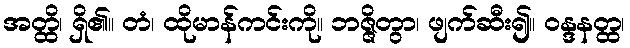
အတ္ထိ၊ ရှိ၏။ တံ၊ ထိုမာန်ကင်းကို။ ဘဇ္ဇိတွာ၊ ဖျက်ဆီး၍။ ဝန္ဒနတ္ထ၊